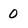
Character: 0